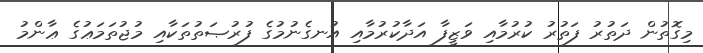
މިގޮތުން ދަތުރު ފަތުރު ކުރުމާއި ވަޒީފާ އަދާކުރުމާއި އުނގެނުމުގެ ފުރުޞަތުތަކާއި މުޖުތަމަޢުގެ ޢާންމު